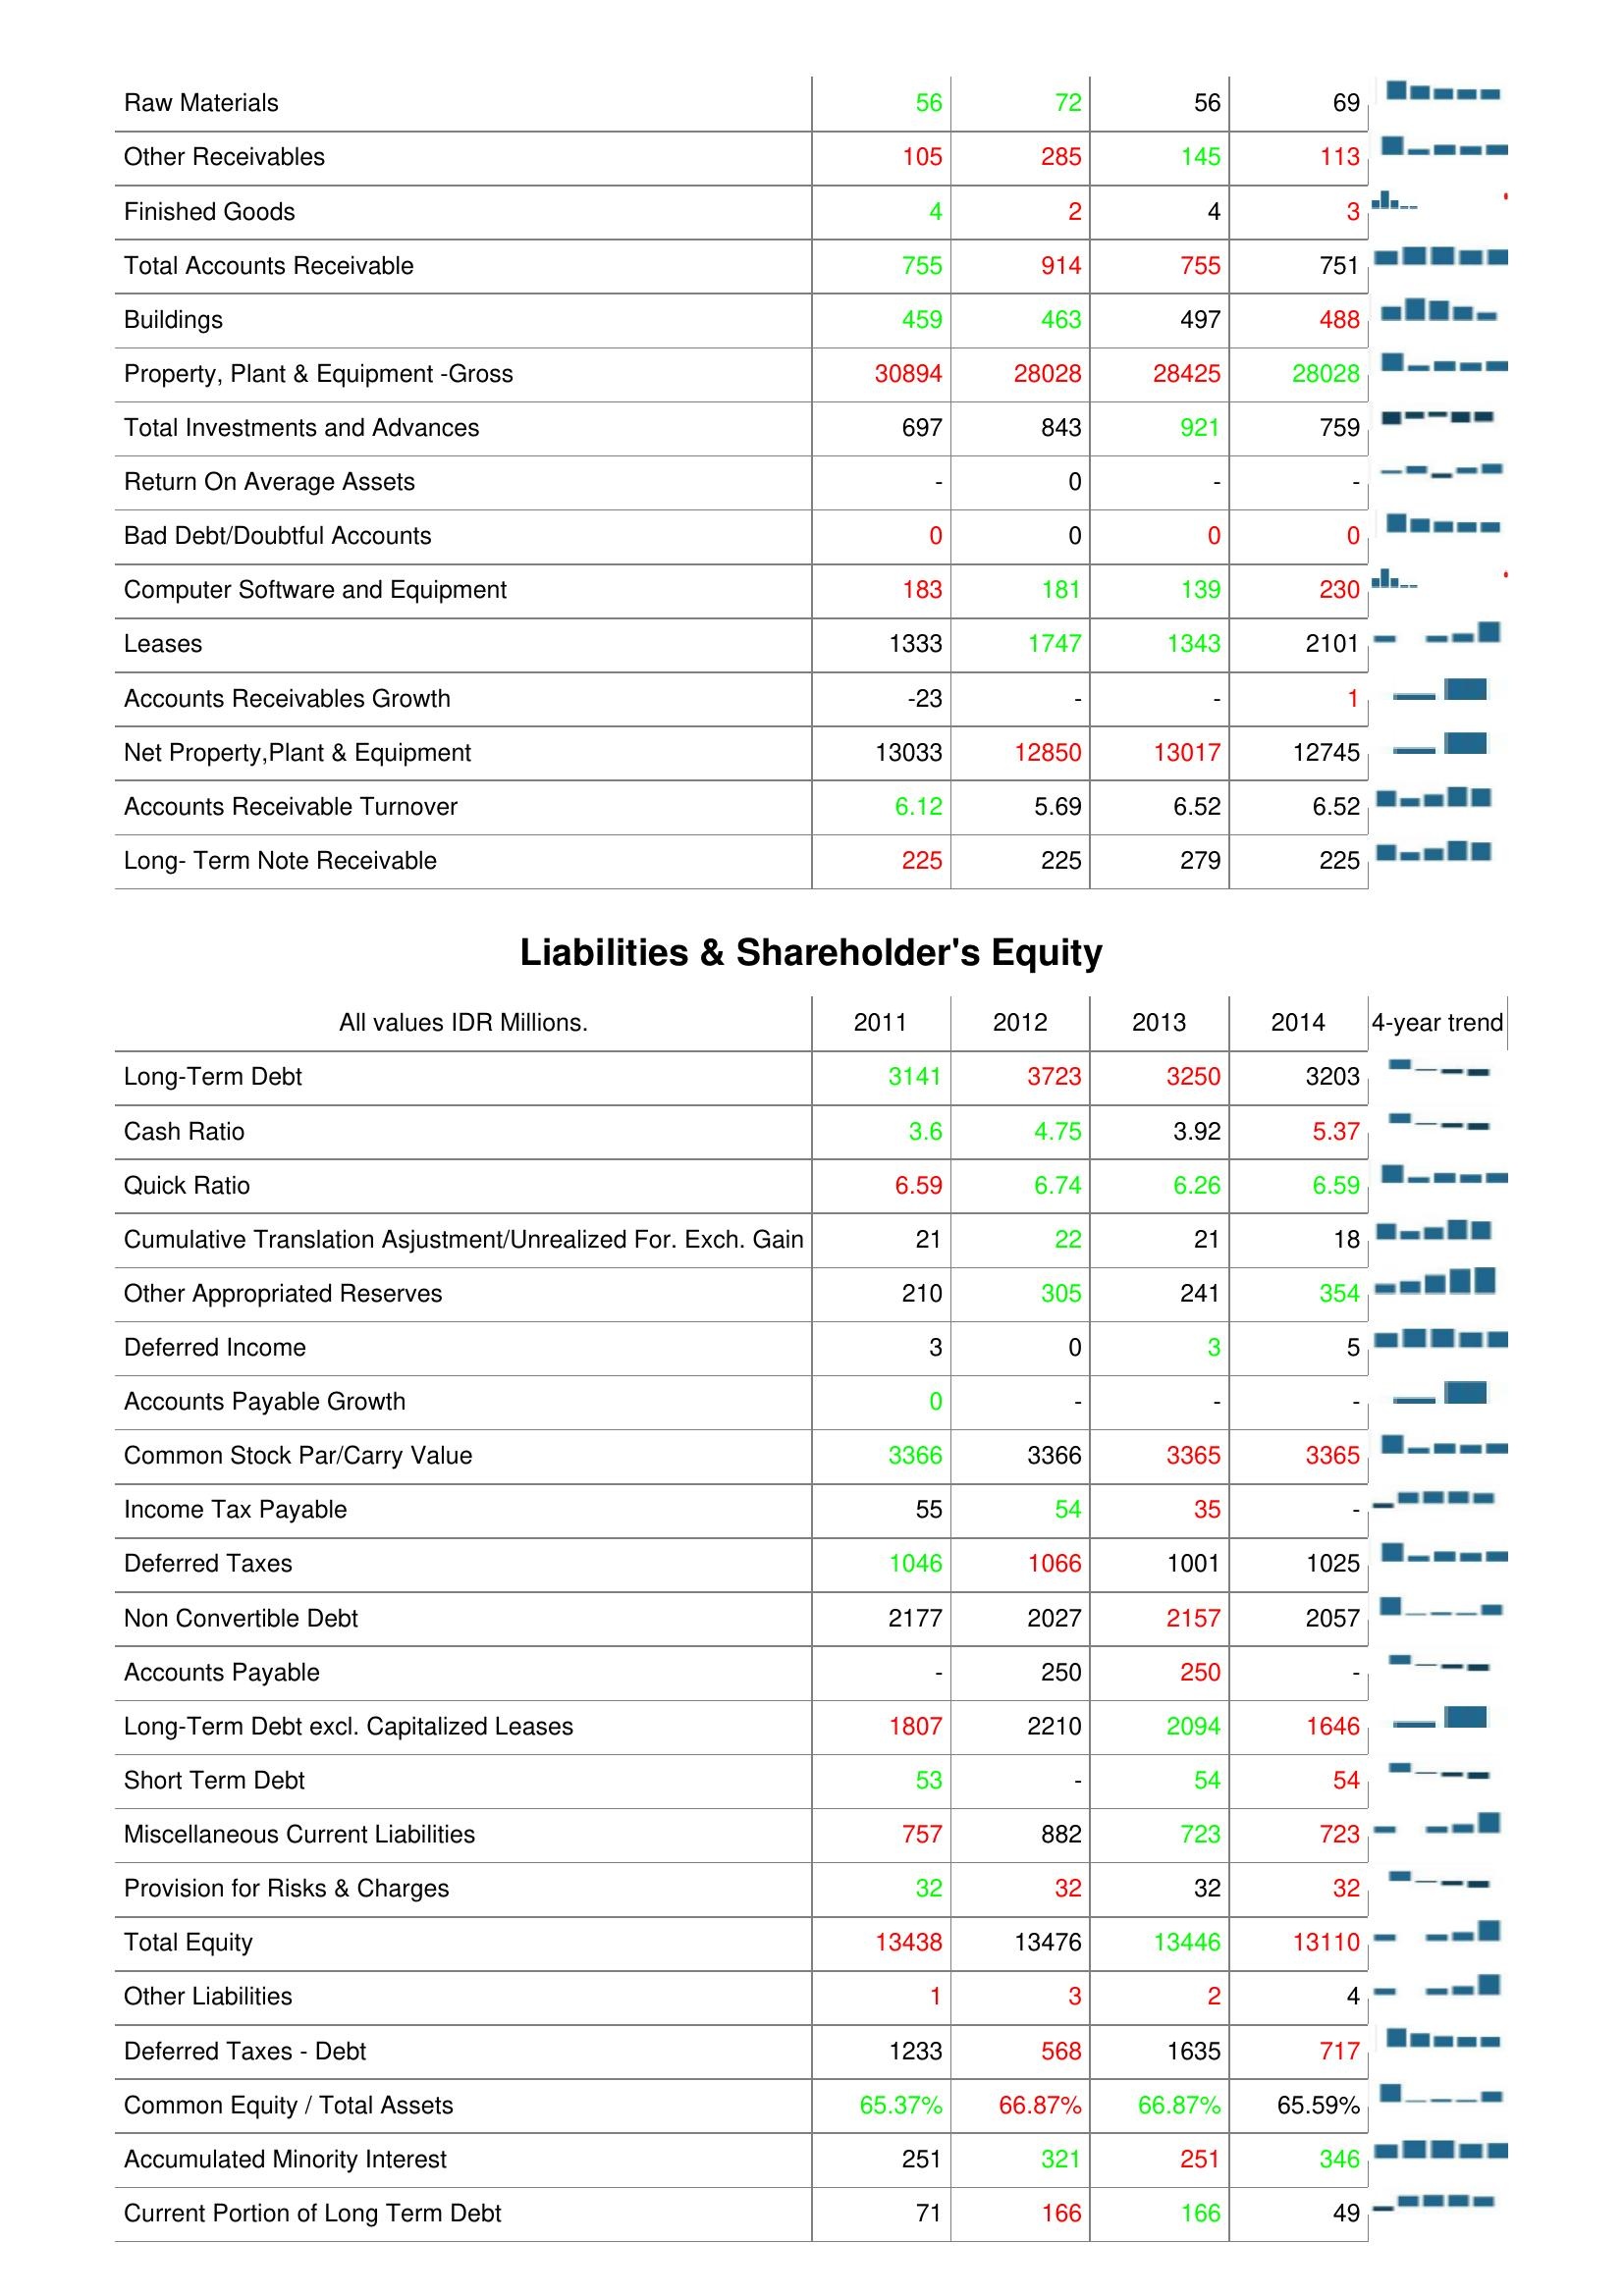
2011: Assets: Raw Materials: 56
Other Receivables: 105
Finished Goods: 4
Total Accounts Receivable: 755
Buildings: 459
Property, Plant & Equipment -Gross: 30894
Total Investments and Advances: 697
Return On Average Assets: -
Bad Debt/Doubtful Accounts: 0
Computer Software and Equipment: 183
Leases: 1333
Accounts Receivables Growth: -23
Net Property,Plant & Equipment: 13033
Accounts Receivable Turnover: 6.12
Long- Term Note Receivable: 225
Liabilities & Shareholder's Equity: Long-Term Debt: 3141
Cash Ratio: 3.6
Quick Ratio: 6.59
Cumulative Translation Asjustment/Unrealized For. Exch. Gain: 21
Other Appropriated Reserves: 210
Deferred Income: 3
Accounts Payable Growth: 0
Common Stock Par/Carry Value: 3366
Income Tax Payable: 55
Deferred Taxes: 1046
Non Convertible Debt: 2177
Accounts Payable: -
Long-Term Debt excl. Capitalized Leases: 1807
Short Term Debt: 53
Miscellaneous Current Liabilities: 757
Provision for Risks & Charges: 32
Total Equity: 13438
Other Liabilities: 1
Deferred Taxes - Debt: 1233
Common Equity / Total Assets: 65.37%
Accumulated Minority Interest: 251
Current Portion of Long Term Debt: 71
2012: Assets: Raw Materials: 72
Other Receivables: 285
Finished Goods: 2
Total Accounts Receivable: 914
Buildings: 463
Property, Plant & Equipment -Gross: 28028
Total Investments and Advances: 843
Return On Average Assets: 0
Bad Debt/Doubtful Accounts: 0
Computer Software and Equipment: 181
Leases: 1747
Accounts Receivables Growth: -
Net Property,Plant & Equipment: 12850
Accounts Receivable Turnover: 5.69
Long- Term Note Receivable: 225
Liabilities & Shareholder's Equity: Long-Term Debt: 3723
Cash Ratio: 4.75
Quick Ratio: 6.74
Cumulative Translation Asjustment/Unrealized For. Exch. Gain: 22
Other Appropriated Reserves: 305
Deferred Income: 0
Accounts Payable Growth: -
Common Stock Par/Carry Value: 3366
Income Tax Payable: 54
Deferred Taxes: 1066
Non Convertible Debt: 2027
Accounts Payable: 250
Long-Term Debt excl. Capitalized Leases: 2210
Short Term Debt: -
Miscellaneous Current Liabilities: 882
Provision for Risks & Charges: 32
Total Equity: 13476
Other Liabilities: 3
Deferred Taxes - Debt: 568
Common Equity / Total Assets: 66.87%
Accumulated Minority Interest: 321
Current Portion of Long Term Debt: 166
2013: Assets: Raw Materials: 56
Other Receivables: 145
Finished Goods: 4
Total Accounts Receivable: 755
Buildings: 497
Property, Plant & Equipment -Gross: 28425
Total Investments and Advances: 921
Return On Average Assets: -
Bad Debt/Doubtful Accounts: 0
Computer Software and Equipment: 139
Leases: 1343
Accounts Receivables Growth: -
Net Property,Plant & Equipment: 13017
Accounts Receivable Turnover: 6.52
Long- Term Note Receivable: 279
Liabilities & Shareholder's Equity: Long-Term Debt: 3250
Cash Ratio: 3.92
Quick Ratio: 6.26
Cumulative Translation Asjustment/Unrealized For. Exch. Gain: 21
Other Appropriated Reserves: 241
Deferred Income: 3
Accounts Payable Growth: -
Common Stock Par/Carry Value: 3365
Income Tax Payable: 35
Deferred Taxes: 1001
Non Convertible Debt: 2157
Accounts Payable: 250
Long-Term Debt excl. Capitalized Leases: 2094
Short Term Debt: 54
Miscellaneous Current Liabilities: 723
Provision for Risks & Charges: 32
Total Equity: 13446
Other Liabilities: 2
Deferred Taxes - Debt: 1635
Common Equity / Total Assets: 66.87%
Accumulated Minority Interest: 251
Current Portion of Long Term Debt: 166
2014: Assets: Raw Materials: 69
Other Receivables: 113
Finished Goods: 3
Total Accounts Receivable: 751
Buildings: 488
Property, Plant & Equipment -Gross: 28028
Total Investments and Advances: 759
Return On Average Assets: -
Bad Debt/Doubtful Accounts: 0
Computer Software and Equipment: 230
Leases: 2101
Accounts Receivables Growth: 1
Net Property,Plant & Equipment: 12745
Accounts Receivable Turnover: 6.52
Long- Term Note Receivable: 225
Liabilities & Shareholder's Equity: Long-Term Debt: 3203
Cash Ratio: 5.37
Quick Ratio: 6.59
Cumulative Translation Asjustment/Unrealized For. Exch. Gain: 18
Other Appropriated Reserves: 354
Deferred Income: 5
Accounts Payable Growth: -
Common Stock Par/Carry Value: 3365
Income Tax Payable: -
Deferred Taxes: 1025
Non Convertible Debt: 2057
Accounts Payable: -
Long-Term Debt excl. Capitalized Leases: 1646
Short Term Debt: 54
Miscellaneous Current Liabilities: 723
Provision for Risks & Charges: 32
Total Equity: 13110
Other Liabilities: 4
Deferred Taxes - Debt: 717
Common Equity / Total Assets: 65.59%
Accumulated Minority Interest: 346
Current Portion of Long Term Debt: 49